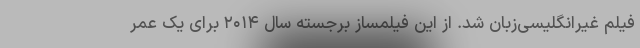
فیلم غیرانگلیسی‌زبان شد. از این فیلمساز برجسته سال ۲۰۱۴ برای یک عمر